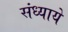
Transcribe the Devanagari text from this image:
संध्याये